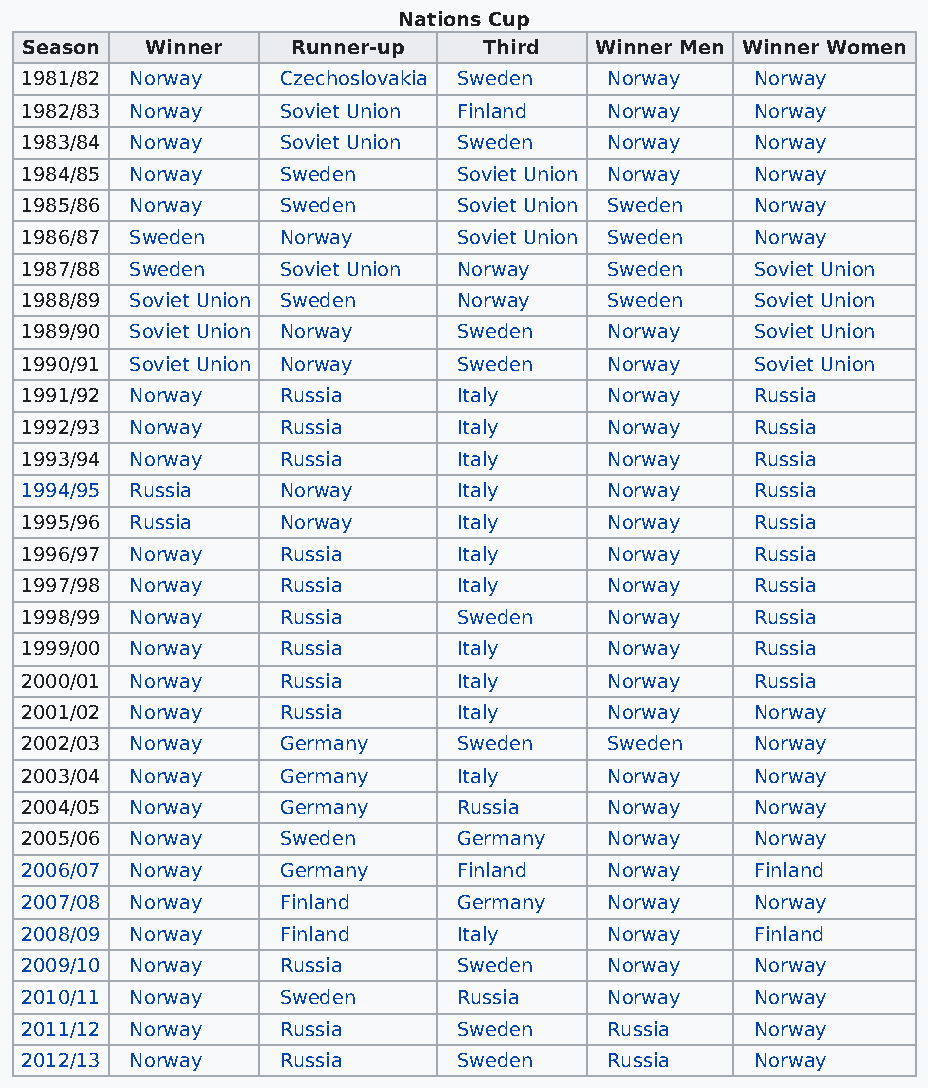
Nations Cup
 Season   Winner   Runner-up    Third  Winner Men Winner Women
 1981/82 Norway    Czechoslovakia Sweden Norway   Norway
 1982/83 Norway    Soviet Union Finland Norway    Norway
 1983/84 Norway    Soviet Union Sweden  Norway    Norway
 1984/85 Norway    Sweden     Soviet Union Norway Norway
 1985/86 Norway    Sweden     Soviet Union Sweden Norway
 1986/87 Sweden    Norway     Soviet Union Sweden Norway
 1987/88 Sweden    Soviet Union Norway  Sweden    Soviet Union
 1988/89 Soviet Union Sweden  Norway    Sweden    Soviet Union
 1989/90 Soviet Union Norway  Sweden    Norway    Soviet Union
 1990/91 Soviet Union Norway  Sweden    Norway    Soviet Union
 1991/92 Norway    Russia     Italy     Norway    Russia
 1992/93 Norway    Russia     Italy     Norway    Russia
 1993/94 Norway    Russia     Italy     Norway    Russia
 1994/95 Russia    Norway     Italy     Norway    Russia
 1995/96 Russia    Norway     Italy     Norway    Russia
 1996/97 Norway    Russia     Italy     Norway    Russia
 1997/98 Norway    Russia     Italy     Norway    Russia
 1998/99 Norway    Russia     Sweden    Norway    Russia
 1999/00 Norway    Russia     Italy     Norway    Russia
 2000/01 Norway    Russia     Italy     Norway    Russia
 2001/02 Norway    Russia     Italy     Norway    Norway
 2002/03 Norway    Germany    Sweden    Sweden    Norway
 2003/04 Norway    Germany    Italy     Norway    Norway
 2004/05 Norway    Germany    Russia    Norway    Norway
 2005/06 Norway    Sweden     Germany   Norway    Norway
 2006/07 Norway    Germany    Finland   Norway    Finland
 2007/08 Norway    Finland    Germany   Norway    Norway
 2008/09 Norway    Finland    Italy     Norway    Finland
 2009/10 Norway    Russia     Sweden    Norway    Norway
 2010/11 Norway    Sweden     Russia    Norway    Norway
 2011/12 Norway    Russia     Sweden    Russia    Norway
 2012/13 Norway    Russia     Sweden    Russia    Norway